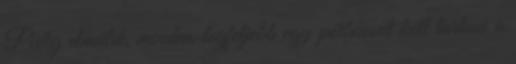
Pedig elmúlik, minden, legfeljebb egy pótbúcsút kell tartani a